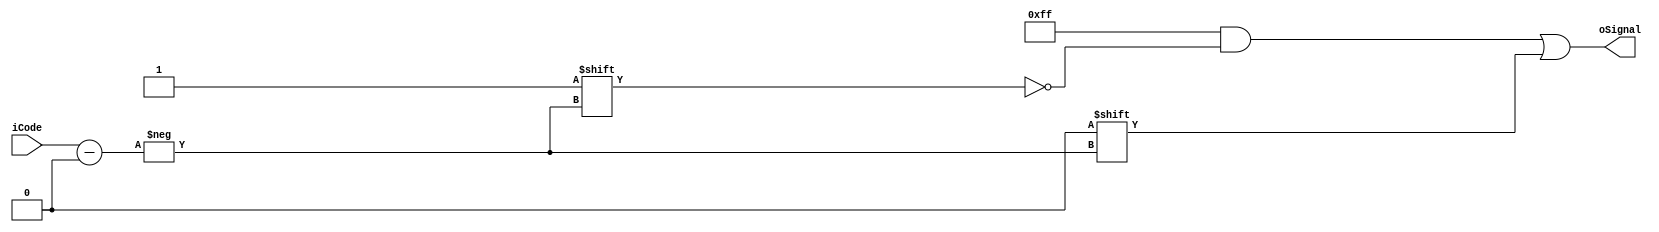
module decoder(
    input [2:0] iCode,
    output reg [7:0] oSignal
    );
    always @(*) begin
        oSignal=8'b1111_1111;
        oSignal[iCode]=0;//
    end
endmodule